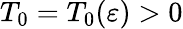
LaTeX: T_{0}=T_{0}(\varepsilon)>0